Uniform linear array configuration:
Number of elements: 64
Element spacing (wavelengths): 0.75
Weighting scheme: hamming
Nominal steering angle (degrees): -15
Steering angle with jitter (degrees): -14.254
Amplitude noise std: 0.05
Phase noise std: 0.05

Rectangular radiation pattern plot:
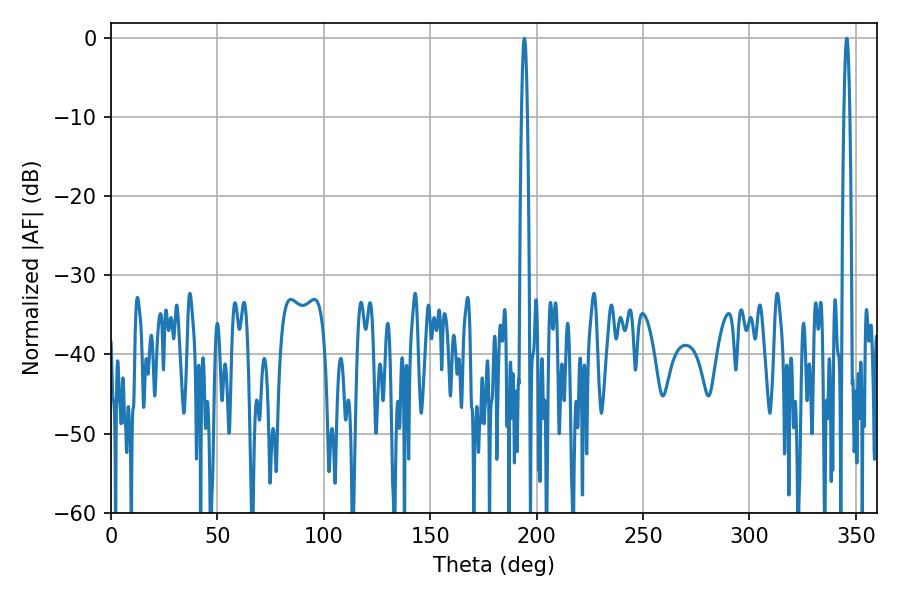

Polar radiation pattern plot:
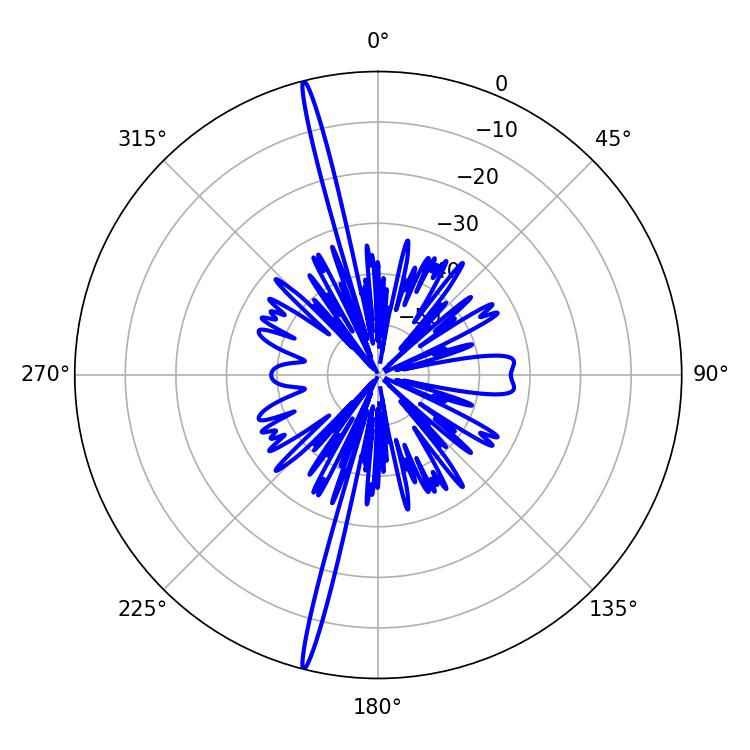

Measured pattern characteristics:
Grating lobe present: TRUE
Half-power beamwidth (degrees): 1.44
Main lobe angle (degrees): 194.22